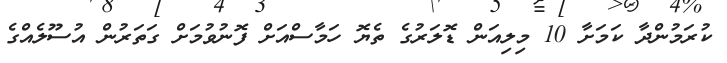
ކުރަމުންދާ ކަމަށާ 10 މިލިއަން ޑޮލަރުގެ ތެޔޮ ހަމާސްއަށް ފޮނުވުމަށް ގަތަރުން އުސޫލެއްގެ